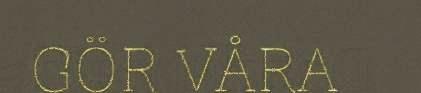
GÖR VÅRA